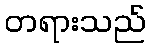
တရားသည်